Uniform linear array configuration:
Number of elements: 24
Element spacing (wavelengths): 0.25
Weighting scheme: blackman
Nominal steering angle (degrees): -45
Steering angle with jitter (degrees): -43.549
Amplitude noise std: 0.05
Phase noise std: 0.05

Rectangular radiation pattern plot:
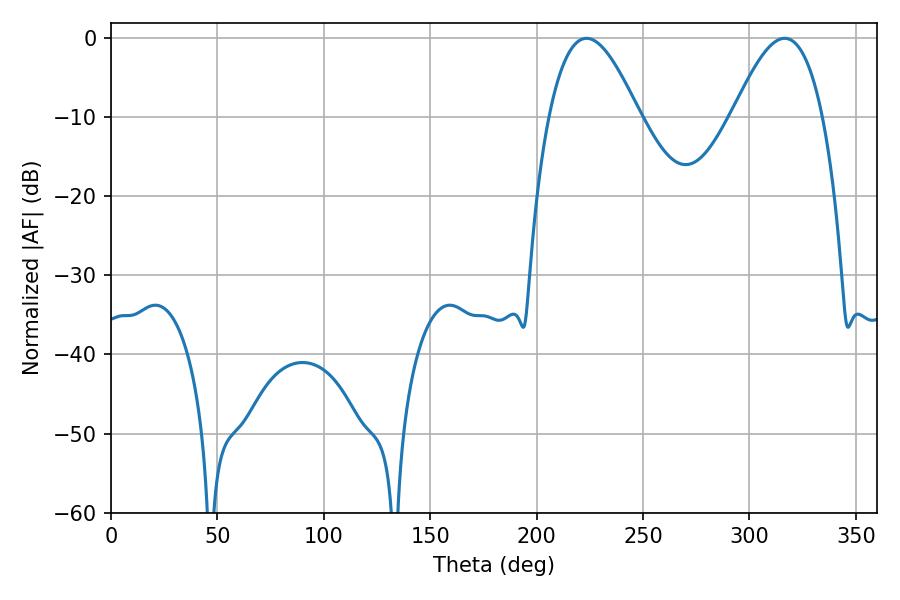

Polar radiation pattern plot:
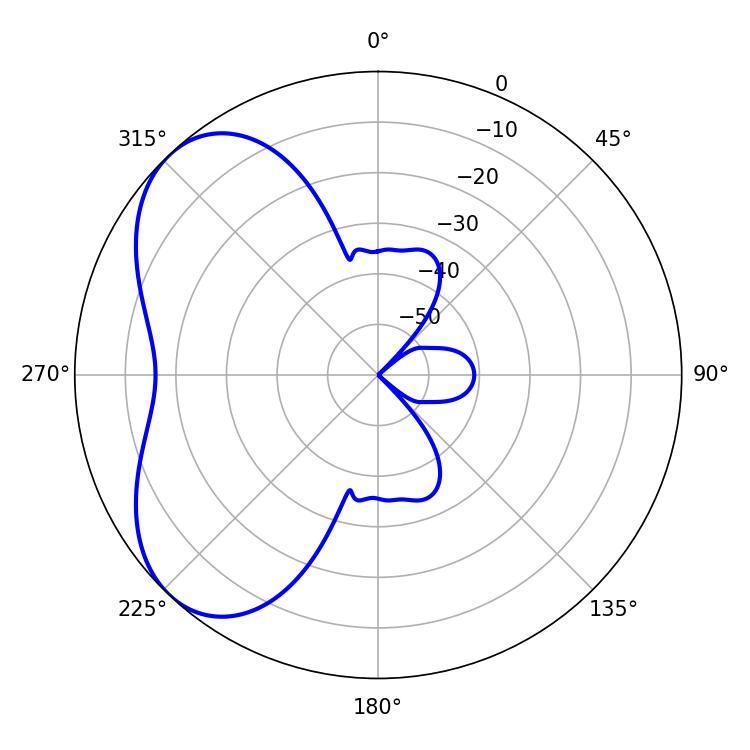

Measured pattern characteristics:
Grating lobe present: FALSE
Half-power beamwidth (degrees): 22.86
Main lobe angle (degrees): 223.38